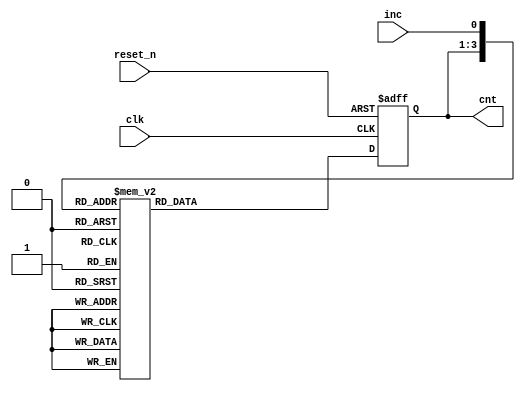
// A 5-way Counter
module cnt5(cnt, clk, reset_n, inc);
input clk, reset_n, inc;
output[2:0] cnt;

// Encoded state
parameter zero		= 3'b000;
parameter one		= 3'b001;
parameter two		= 3'b010;
parameter three	= 3'b011;
parameter four		= 3'b100;

// Sequential circuit part
reg[2:0] cnt;
reg[2:0] next_cnt;

always@(posedge clk or negedge reset_n)
begin
 if (reset_n == 1'b0)	cnt <= zero;
 else							cnt <= next_cnt;
end

// Combinational circuit part
always@(inc or cnt)
begin
	case({cnt, inc})
	{zero, 1'b0} : next_cnt <= four;
	{zero, 1'b1} : next_cnt <= one;
	{one, 1'b0} : next_cnt <= zero;
	{one, 1'b1} : next_cnt <= two;
	{two, 1'b0} : next_cnt <= one;
	{two, 1'b1} : next_cnt <= three;
	{three, 1'b0} : next_cnt <= two;
	{three, 1'b1} : next_cnt <= four;
	{four, 1'b0} : next_cnt <= three;
	{four, 1'b1} : next_cnt <= zero;
	default		 : next_cnt <= 3'bx;
	endcase
	end
endmodule